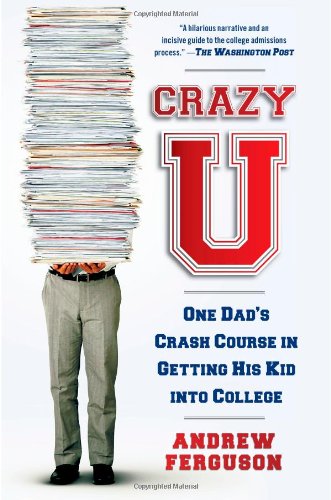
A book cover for Crazy U: One Dad's Crash Course in Getting His Kid into College; Andrew Ferguson; Parenting & Relationships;